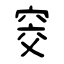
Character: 窔